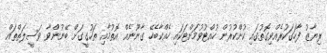
ރިޔާޒު ފާހަގަކުރެއްވިގޮތުގައި ކުށްކުރުން ހުއްޓުވުމަށްޓަކައި ހެއްކާބެހޭ ގާނޫނެއް އޮތުމާއި ތަހުގީގަށް ބޭނުންވާ ވަސީލަތްތައް